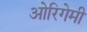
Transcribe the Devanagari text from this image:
ओरिगेमी